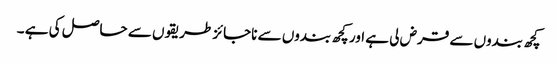
کچھ بندوں سے قرض لی ہے اور کچھ بندوں سے ناجائز طریقوں سے حاصل کی ہے ۔